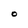
Character: O